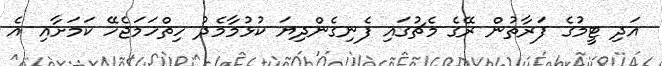
އަދި ޓީމުގެ ފަރާތުން ރޭގެ މެޗުގައި ފެނިގެންދިޔަ ކުޅުމާމެދު ހިތްހަމަޖެހޭ ކަމަށާއި އެ